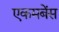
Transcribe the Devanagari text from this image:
एकमबेंस